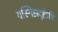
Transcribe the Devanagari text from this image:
यस्मिझदृष्टेऽपि